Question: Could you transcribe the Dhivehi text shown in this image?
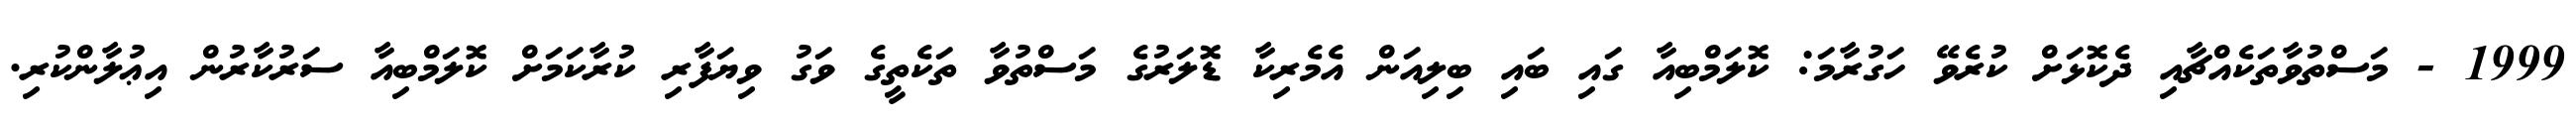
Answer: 1999 - މަސްތުވާތަކެއްޗާއި ދެކޮޅަށް ކުރެވޭ ހަގުރާމަ: ކޮލަމްބިއާ ގައި ބައި ބިލިއަން އެމެރިކާ ޑޮލަރުގެ މަސްތުވާ ތަކެތީގެ ވަގު ވިޔަފާރި ކުރާކަމަށް ކޮލަމްބިއާ ސަރުކާރުން އިޢުލާންކުރި.